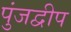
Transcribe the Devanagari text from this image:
पुंजद्वीप